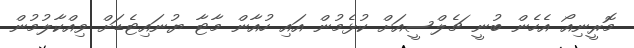
މޮރީނިއޯ އެހެން ބުނީ ޗެލްސީއަށް ކުޅެމުން އައި ހުއާން މާޓާ ޔުނައިޓެޑަށް ވިއްކާލުމުން